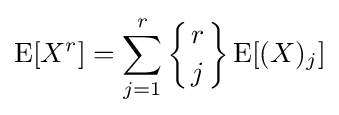
\operatorname {E} [X^{r}]=\sum _{j=1}^{r}\left\{{r \atop j}\right\}\operatorname {E} [(X)_{j}]